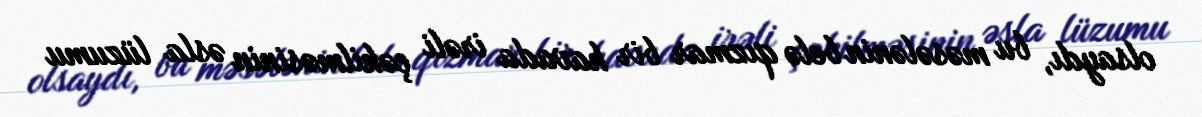
olsaydı, bu məsələnin belə qızmar bir havada irəli çəkilməsinin əsla lüzumu